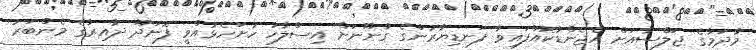
މާދަމާގެ ޖަލްސާއަށް އެޖެންޑާކޮއްފައިވާ ފަނޑިޔާރުންގެ ގާނޫނަށް އިސްލާހު ހުށަހެޅުއްވީ ފޮނަދޫ ދާއިރާގެ މެންބަރު